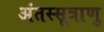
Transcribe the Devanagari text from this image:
अंतस्सूत्राणु